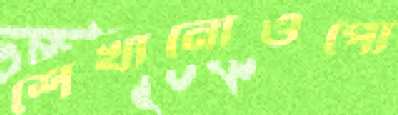
শেখানোওপো